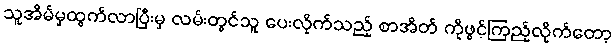
သူအိမ်မှထွက်လာပြီးမှ လမ်းတွင်သူ ပေးလိုက်သည့် စာအိတ် ကိုဖွင့်ကြည့်လိုက်တော့